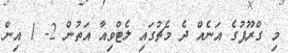
މި ގްރޫޕުގެ އަނެއް ދެ މެޗުގައި ލެޓްވިއާ އަތުން 2- 1 އިން